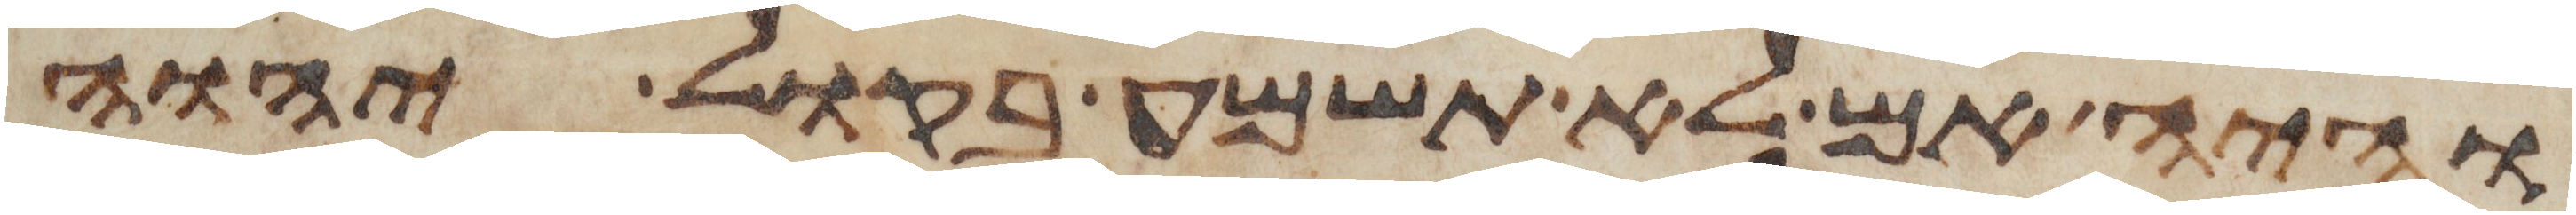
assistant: והיה אם לא תשמע בקול יהוה